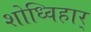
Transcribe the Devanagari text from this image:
शोध्विहार्